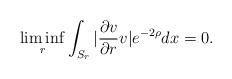
LaTeX: \begin{align*} \liminf_{r}\int_{S_r}|\frac{\partial v}{\partial r}v|e^{-2\rho}dx=0.\end{align*}